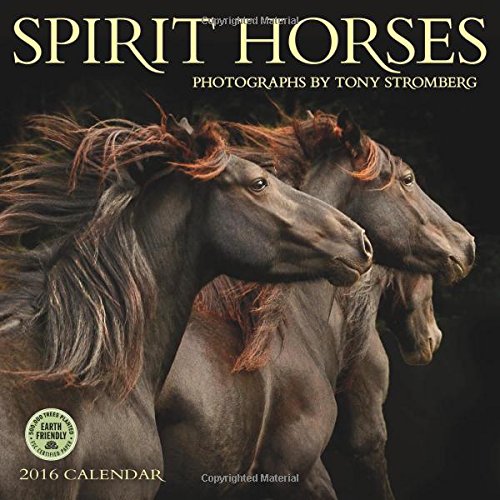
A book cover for Spirit Horses 2016 Wall Calendar; Tony Stromberg; Calendars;